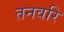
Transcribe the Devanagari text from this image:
तनवरि